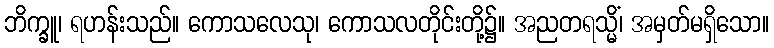
ဘိက္ခူ၊ ရဟန်းသည်။ ကောသလေသု၊ ကောသလတိုင်းတို့၌။ အညတရသ္မိံ၊ အမှတ်မရှိသော။